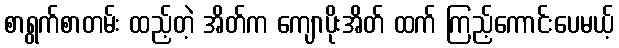
စာရွက်စာတမ်း ထည့်တဲ့ အိတ်က ကျောပိုးအိတ် ထက် ကြည့်ကောင်းပေမယ့်